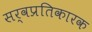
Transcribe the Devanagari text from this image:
सर्वप्रतिकारक